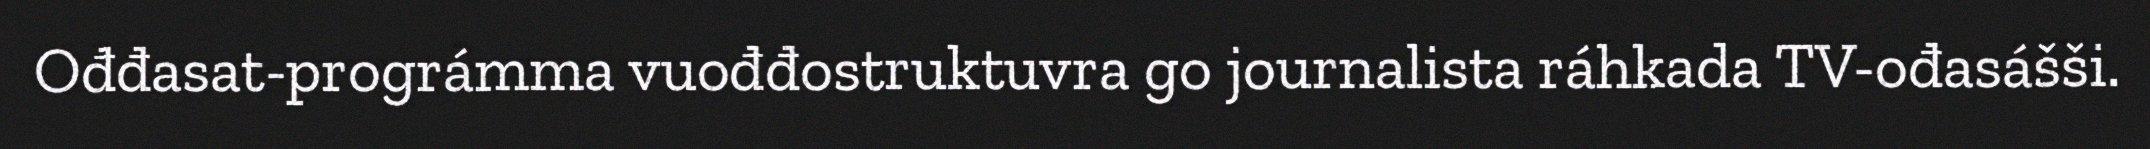
Ođđasat-prográmma vuođđostruktuvra go journalista ráhkada TV-ođasášši.